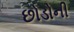
છોડોની